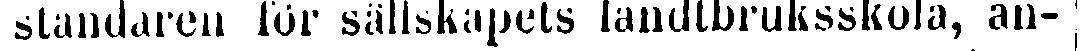
; ståndaren för sällskapets landtbruksskola, an-